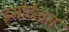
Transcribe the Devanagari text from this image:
इमोर्टलस